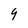
Character: 9